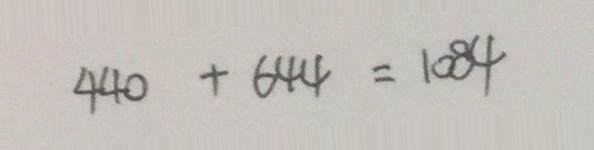
4 4 0 + 6 4 4 = 1 0 8 4